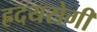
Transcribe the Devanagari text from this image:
ह्रदयरोगी